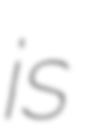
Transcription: is